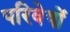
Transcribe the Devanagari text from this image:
परिवेषों